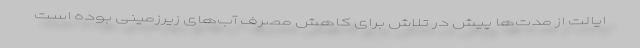
ایالت از مدت‌ها پیش در تلاش برای کاهش مصرف آب‌های زیرزمینی بوده است